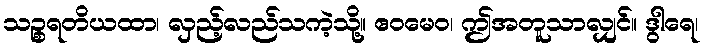
သဉ္စရတိယထာ၊ လှည့်လည်သကဲ့သို့။ ဧဝမေဝ၊ ဤအတူသာလျှင်။ ဒွါရေ၊